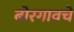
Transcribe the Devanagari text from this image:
बोरगावचे